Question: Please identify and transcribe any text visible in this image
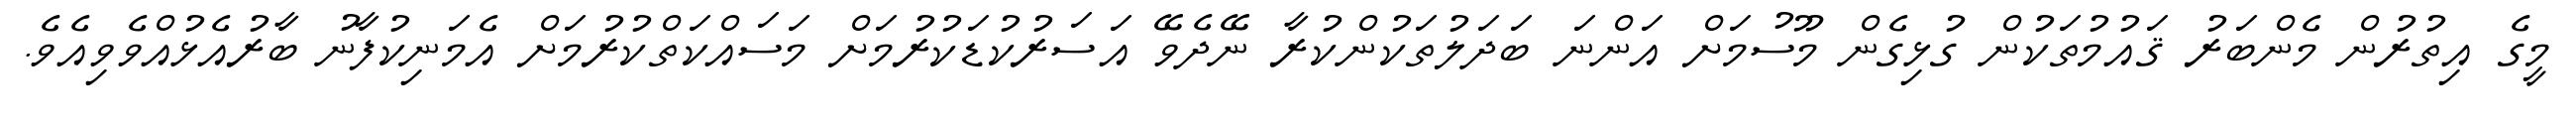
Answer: މީގެ އިތުރުން މެންބަރު ޤައުމުތަކުން ގުޅިގެން މޫސުމަށް އަންނަ ބަދަލުތަކުންކުރާ ނޭދެވޭ އަސަރުކުޑަކުރުމަށް މަސައްކަތްކުރުމަށް އެމަނިކުފާނު ބާރުއެޅުއްވެވިއެވެ.